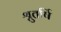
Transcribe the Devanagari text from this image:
श्रुतर्षि